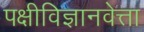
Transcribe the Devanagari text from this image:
पक्षीविज्ञानवेत्ता